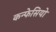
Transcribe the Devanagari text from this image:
कन्फेसियो